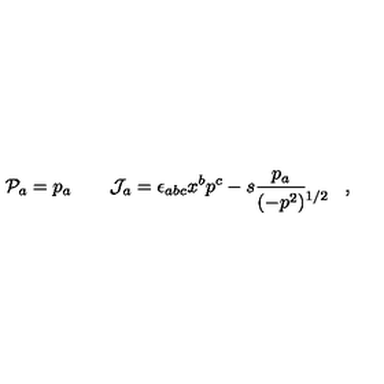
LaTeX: { \cal P } _ { a } = p _ { a } \qquad { \cal J } _ { a } = \epsilon _ { a b c } x ^ { b } p ^ { c } - s \frac { p _ { a } } { ( - p ^ { 2 } ) \lefteqn { { } ^ { 1 / 2 } } } \qquad ,